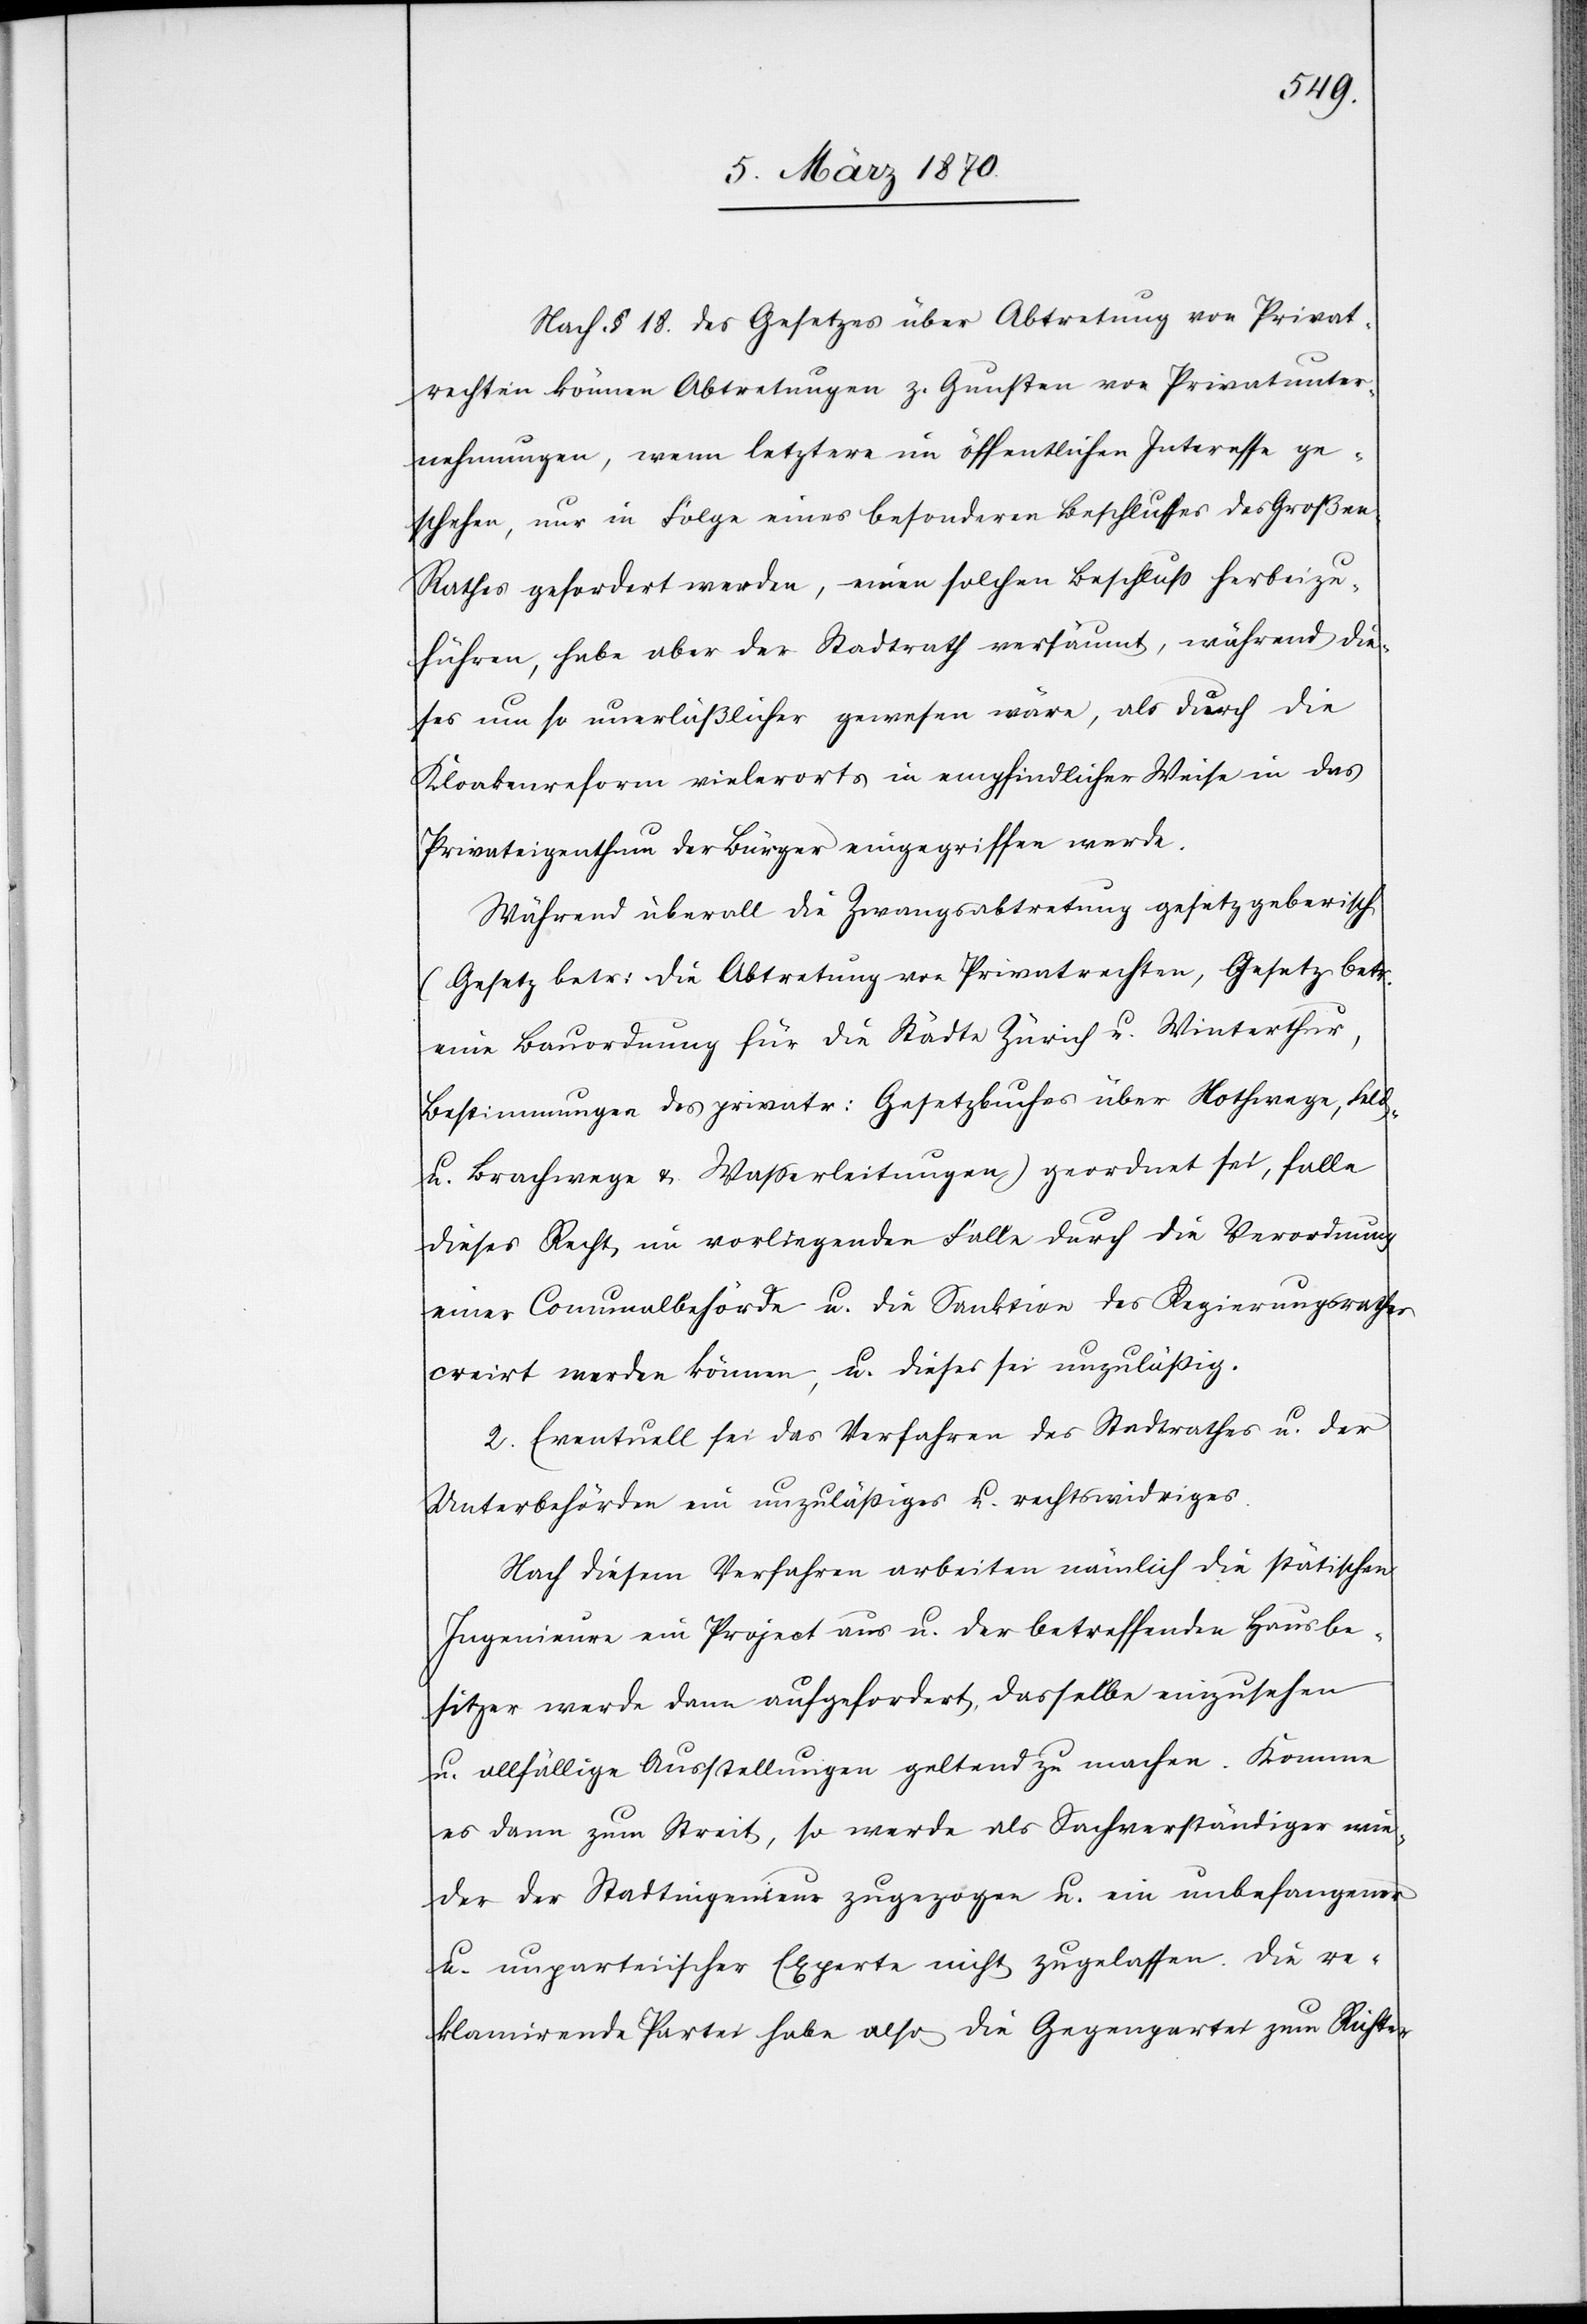
Nach § 18. des Gesetzes über Abtretung von Privat¬
rechten können Abtretungen z. Gunsten von Privatunter¬
nehmungen, wenn letztere im öffentlichen Interesse ge¬
schehen, nur in Folge eines besonderen Beschlusses des Großen
Rathes gefordert werden, einen solchen Beschluß herbeizu¬
führen, habe aber der Stadtrath versäumt, während die¬
ses um so unerläßlicher gewesen wäre, als durch die
Kloakenreform vielerorts in empfindlicher Weise in das
Privateigenthum der Bürger eingegriffen werde.
Während überall die Zwangsabtretung gesetzgeberisch
(Gesetz betr: die Abtretung von Privatrechten, Gesetz betr:
eine Bauordnung für die Städte Zürich u. Winterthur,
Bestimmungen des privatr: Gesetzbuches über Nothwege, Feld-
u. Brachwege & Wasserleitungen) geordnet sei, falle
dieses Recht, im vorliegenden Falle durch die Verordnung
einer Comunalbehörde u. die Sanktion des Regierungsrathes
creirt werden können [sic!] , u. dieses sei unzuläßig.
2. Eventuell sei das Verfahren des Stadtrathes u. der
Unterbehörden ein unzuläßiges u. rechtswidriges.
Nach diesem Verfahren arbeiten nämlich die stätischen
Ingenieure ein Project aus u. der betreffende Hausbe¬
sitzer werde aufgefordert, dasselbe einzusehen
u. allfällige Ausstellungen geltend zu machen. Komme
es dann zum Streit, so werde als Sachverständiger wie¬
der der Stadtingenieur zugezogen u. ein unbefangener
u. unparteiischer Experte nicht zugelassen. Die re¬
klamirende Partei habe also die Gegenpartei zum Richter